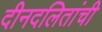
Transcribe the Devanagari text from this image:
दीनदलितांची